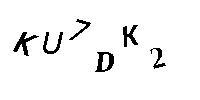
KU7DK2